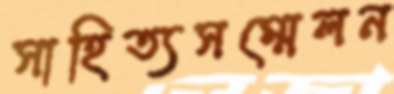
সাহিত্যসম্মেলন